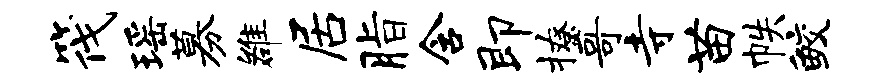
筏瑶募雒居脂含即撩哥寺苗帙鲛